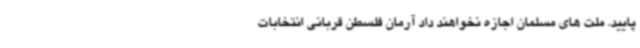
پایید. ملت های مسلمان اجازه نخواهند داد آرمان فلسطن قربانی انتخابات